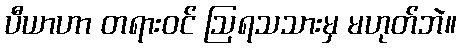
ပီယာဟာ တရားဝင် ဩရသသားမှ မဟုတ်ဘဲ။